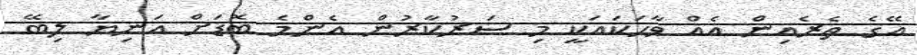
އޭގެ ތެރެއިން އެއް ވާހަކައަކީ މި ސަރުކާރުން އެންމެ ބޮޑަށް އަނިޔާ ލިބޭ